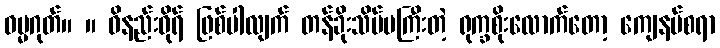
ဓမ္မဂုတ်။ ။ ဝိနည်းဓိုရ် ဖြစ်ပါလျက် တန်ခိုးသိပ်မကြီးတဲ့ ရုက္ခစိုးလောက်တော့ ကျေနပ်စရာ